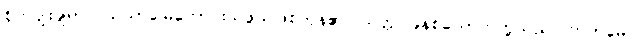
စိုက်ပျိုးချရာလယ်ယာမြေကောင်းသဖွယ်ဖြစ်ကုန်၏။ သတ္တ၊ ခုနစ်ယောက်တို့သည်။ ကတမေ၊